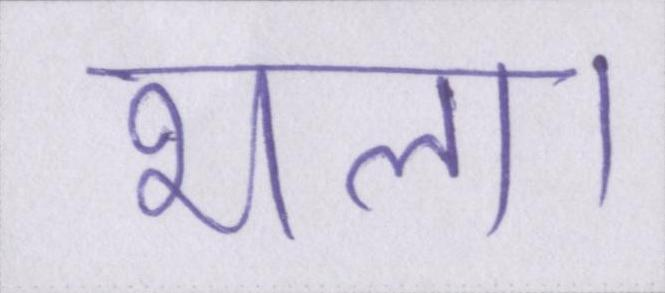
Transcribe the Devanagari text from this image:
भला।